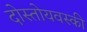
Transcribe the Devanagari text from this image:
दोस्तोयवस्की